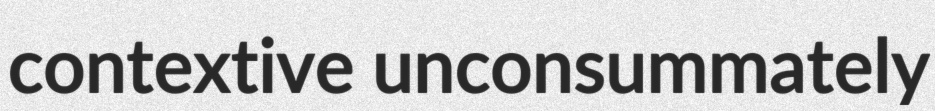
contextive unconsummately